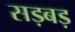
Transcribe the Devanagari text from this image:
सड़बड़